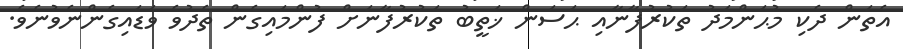
އެތަން ދެކި މުޙަންމަދު ތަކުރުފާނާއި ޙަސަން ޚަތީބު ތަކުރުފާނަށް ފުންމައިގެން ތެދުވެ ވަޑައިގެންނެވުނެވެ.